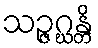
သဉ္ဇဂ္ဃန္တိ